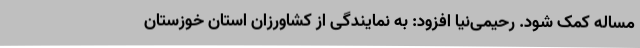
مساله کمک شود. رحیمی‌نیا افزود: به نمایندگی از کشاورزان استان خوزستان